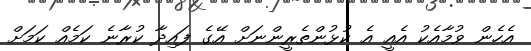
އެހެން ވުމާއެކު އެއީ އެ ކުޅުންތެރީންނަށް އޭގެ ފައިދާ ކުރާނެ ކަމެއް ކަމަށް